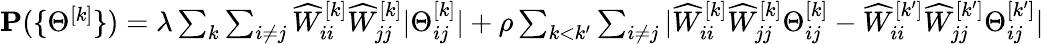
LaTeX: \begin{array}{r}{{\mathbf{P}}(\{ \Theta^{[k]}\} )=\lambda\sum_{k}\sum_{i\neq j}\widehat{W}_{ii}^{[k]}\widehat{W}_{jj}^{[k]}|\Theta_{ij}^{[k]}|+\rho\sum_{k<k^{\prime}}\sum_{i\neq j}|\widehat{W}_{ii}^{[k]}\widehat{W}_{jj}^{[k]}\Theta_{ij}^{[k]}-\widehat{W}_{ii}^{[k^{\prime}]}\widehat{W}_{jj}^{[k^{\prime}]}\Theta_{ij}^{[k^{\prime}]}|}\end{array}